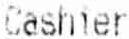
CASHIER